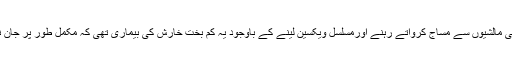
کیوں کہ کئی مالشیوں سے مساج کرواتے رہنے اورمسلسل ویکسین لینے کے باوجود یہ کم بخت خارش کی بیماری تھی کہ مکمل طور پر جان نہ چھوڑتی۔